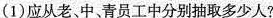
(1)应从老、中，青员工中分别抽取多少人?